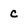
Character: c